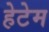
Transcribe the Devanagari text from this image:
हेटेम